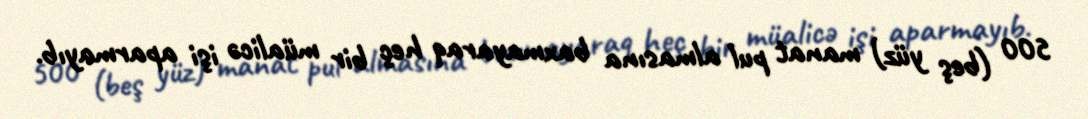
500 (beş yüz) manat pul almasına baxmayaraq heç bir müalicə işi aparmayıb.